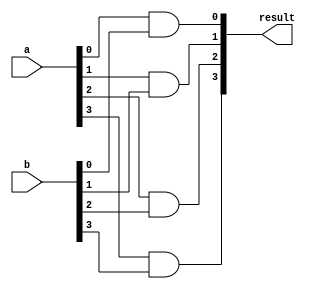
// 4 Bit AND Module with Structural Verilog
module And4Bit(output[3:0] result,
					input[3:0] a, 
					input[3:0] b);

	and and1(result[0], a[0], b[0]);
	and and2(result[1], a[1], b[1]);
	and and3(result[2], a[2], b[2]);
	and and4(result[3], a[3], b[3]);

endmodule